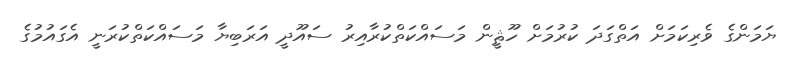
ޔަމަންގެ ވެރިކަމަށް އަތްގަދަ ކުރުމަށް ހޫޘީން މަސައްކަތްކުރާއިރު ސައޫދީ އަރަބިޔާ މަސައްކަތްކުރަނީ އެގައުމުގެ